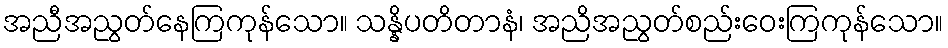
အညီအညွတ်နေကြကုန်သော။ သန္နိပတိတာနံ၊ အညိအညွတ်စည်းဝေးကြကုန်သော။